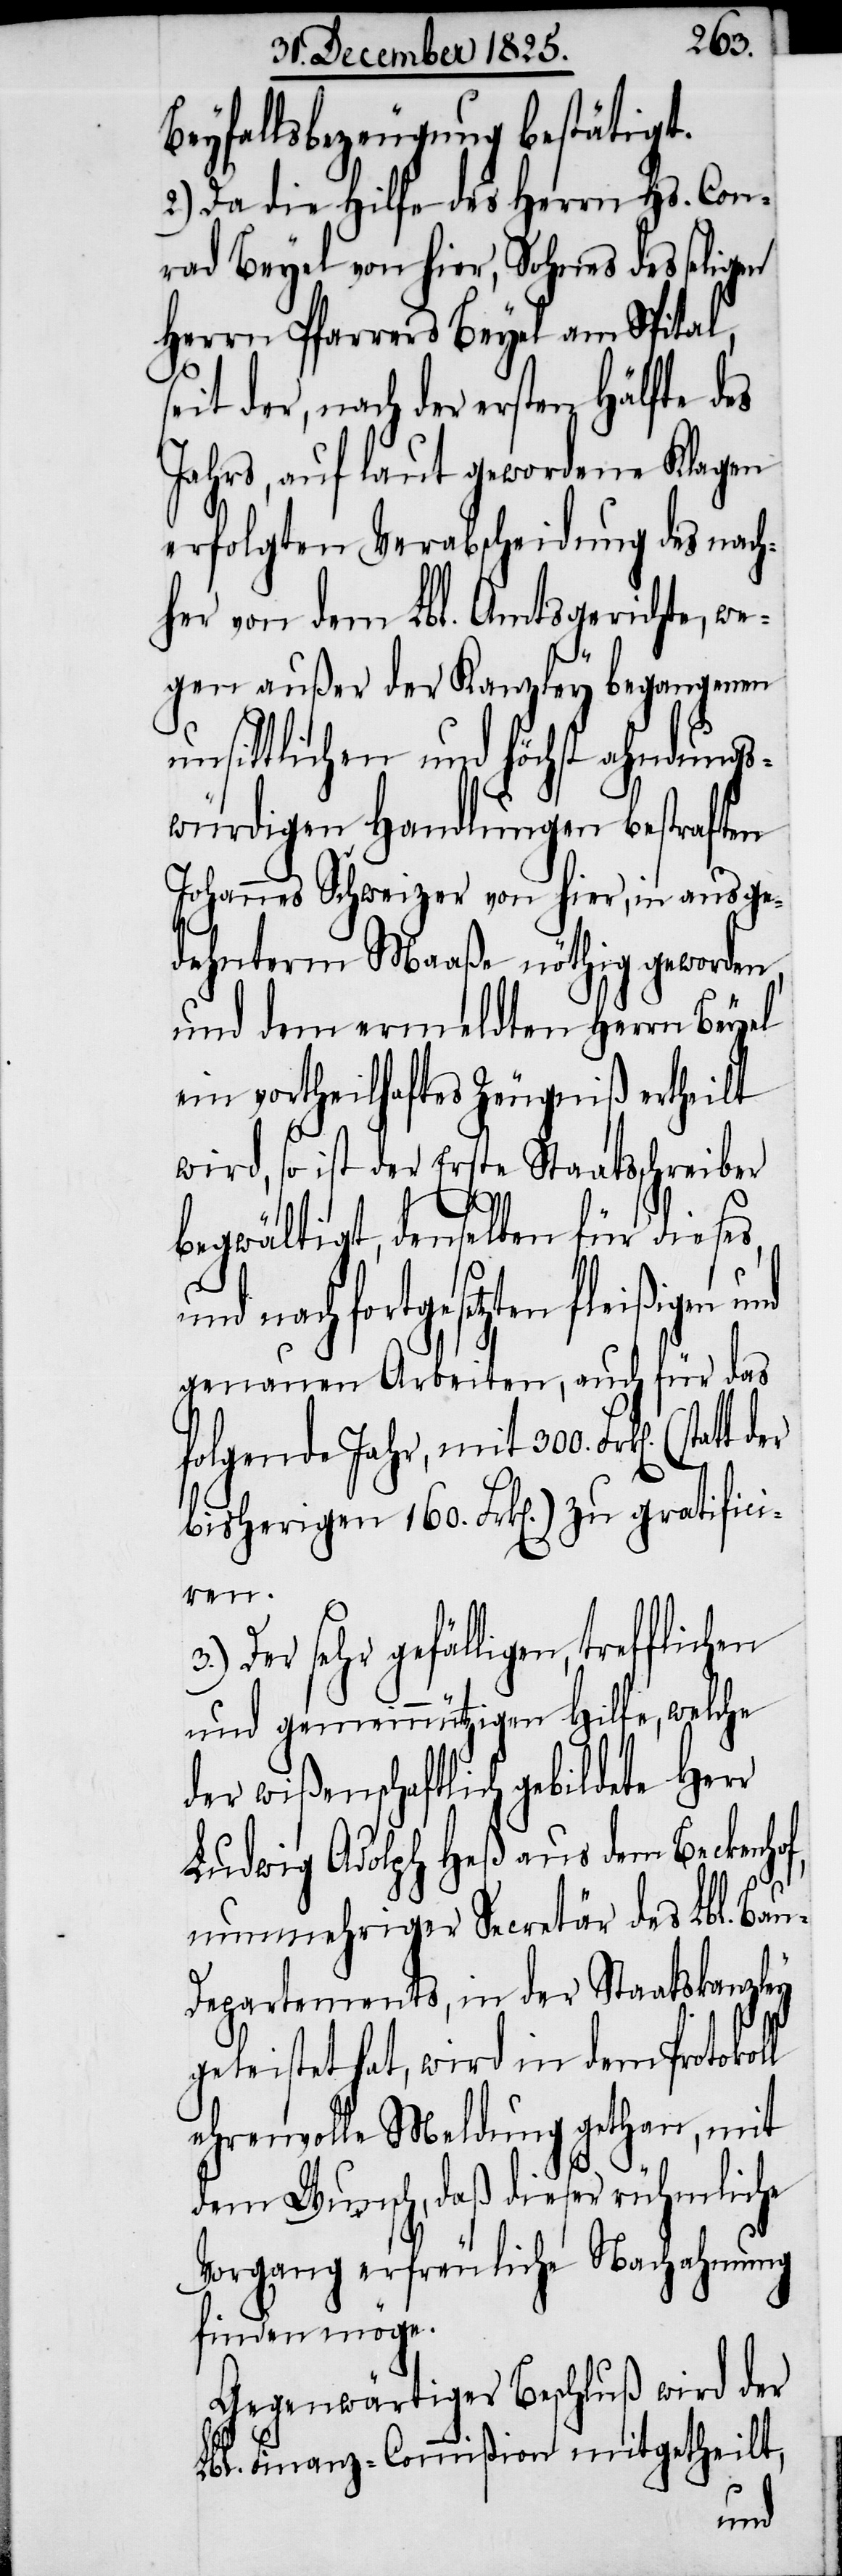
Beyfallsbezeugung bestätigt.
2.) Da die Hilfe des Herrn Hs. Con¬
rad Beyel von hier, Sohnes des seligen
Herrn Pfarrer Beyel am Spital,
seit der, nach der ersten Hälfte des
Jahrs, auf laut gewordene Klagen
erfolgten Verabscheidung des nach¬
her von dem Lbl. Amtsgericht, we¬
gen außer der Kanzley begangenen
unsittlichen und höchst ahndungs¬
würdigen Handlungen bestraften
Johannes Schweizer von hier, in ausge¬
dehnterm Maaße nöthig geworden,
und dem ermeldten Herrn Beyel
ein vortheilhaftes Zeugniß ertheilt
wird, so ist der Erste Staatsschreiber
begwältigt, denselben für dieses
nach fortgesetzten fleißigen
genauen Arbeiten, auch für das
folgende Jahr, mit 300. Frk[en].
bisherigen 160. Frk[en].) zu gratifici¬
ren.
Der sehr gefälligen, trefflichen
und gemeinnützigen Hilfe, welche
der wißenschaftlich gebildete Herr
Ludwig Adolph Heß aus dem Beckenhof,
nunmehriger Secretär des Lbl. Bau-D¬
epartements, in der Staatskanzley
geleistet hat, wird in dem Protokoll
ehrenvolle Meldung gethan, mit
dem Wunsch, daß dieser rühmliche
Vorgang erfreuliche Nachahmung
finden möge.
Gegenwärtiger Beschluß wird der
Lbl. Finanz-Commißion mitgetheilt,
und